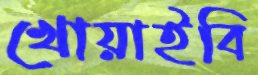
খোয়াইবি